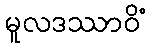
မူလဒဿာဝိံ